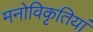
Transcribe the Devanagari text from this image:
मनोविकृतियां